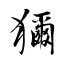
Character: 獮